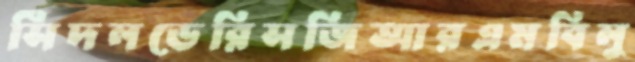
সিঁদলডেরিসজিআরএমবিলু